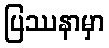
ပြဿနာမှာ